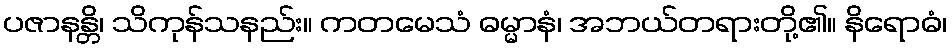
ပဇာနန္တိ၊ သိကုန်သနည်း။ ကတမေသံ ဓမ္မာနံ၊ အဘယ်တရားတို့၏။ နိရောဓံ၊